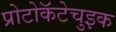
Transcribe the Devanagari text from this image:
प्रोटोकॅटेचुइक